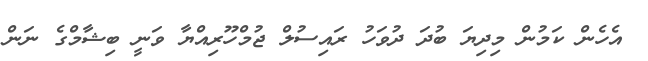
އެހެން ކަމުން މިދިޔަ ބުދަ ދުވަހު ރައިސުލް ޖުމްހޫރިއްޔާ ވަނީ ބިޝާމްގެ ނަން